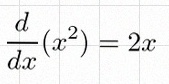
\frac{d}{dx}(x^2)=2x